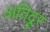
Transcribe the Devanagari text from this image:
अतिदूर